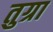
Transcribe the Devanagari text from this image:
तुग्रा